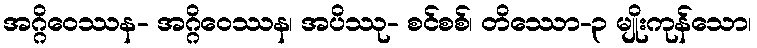
အဂ္ဂိဝေဿန- အဂ္ဂိဝေဿန၊ အပိဿု- စင်စစ်၊ တိဿော-၃ မျိုးကုန်သော၊